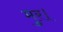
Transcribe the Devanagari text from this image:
मुर।